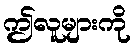
ဤလူများကို